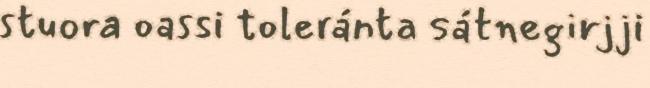
stuora oassi toleránta sátnegirjji